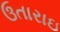
ઉતારાઇ